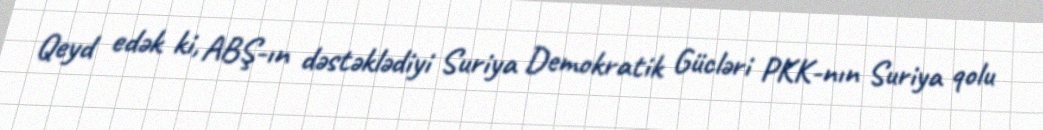
Qeyd edək ki, ABŞ-ın dəstəklədiyi Suriya Demokratik Gücləri PKK-nın Suriya qolu